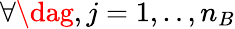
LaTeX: \forall\dag,j=1,..,n_{B}